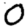
Digit: 0